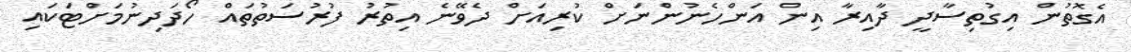
އެގޮތުން އިގުތިސާދީ ދާއިރާ އިން އަންހެނުންނަށް ކުރިއަށް ދެވޭނެ އިތުރު ފުރުސަތުތައް ހޯދަދިނުމަށްޓަކައި